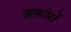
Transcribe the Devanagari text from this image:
झकोरों